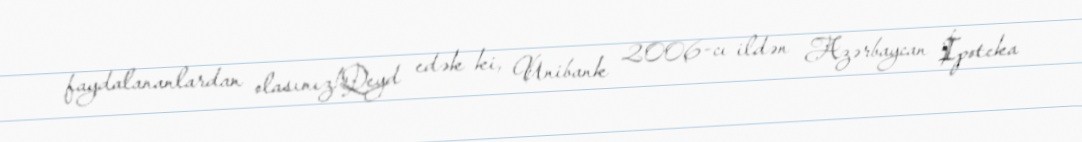
faydalananlardan olasınız!Qeyd edək ki, Unibank 2006-cı ildən Azərbaycan İpoteka